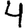
Digit: 4